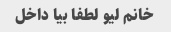
خانم لیو لطفا بیا داخل